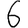
Digit: 6